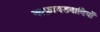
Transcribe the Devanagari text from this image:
नवफ्रायडवादियों